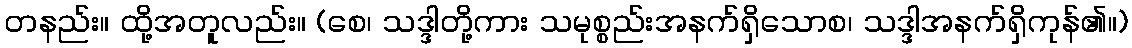
တနည်း။ ထို့အတူလည်း။ (စေ၊ သဒ္ဒါတို့ကား သမုစ္စည်းအနက်ရှိသောစ၊ သဒ္ဒါအနက်ရှိကုန်၏။)